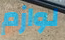
لوازم